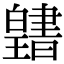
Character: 𤾭